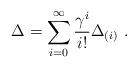
LaTeX: \begin{align*}\Delta=\sum_{i=0}^{\infty}\frac{\gamma^i}{i!}\Delta_{(i)}~.\end{align*}